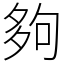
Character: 夠